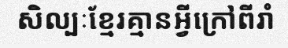
សិល្បៈខ្មែរគ្មានអ្វីក្រៅពីរាំ